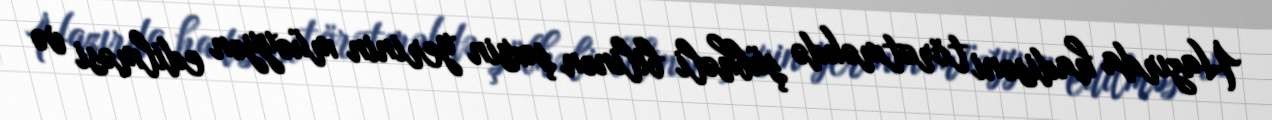
Hazırda hadisəni törətməkdə şübhəli bilinən şəxsin yerinin müəyyən edilməsi və